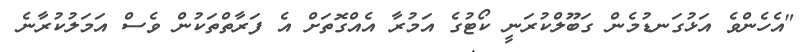
"އެހެންވެ އަޅުގަނޑުމެން ގަބޫލްކުރަނީ ކޯޓުގެ އަމުރާ އެއްގޮތަށް އެ ފަރާތްތަކުން ވެސް އަމަލުކުރާނެ